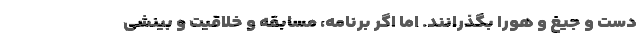
دست و جیغ و هورا بگذرانند. اما اگر برنامه، مسابقه و خلاقیت و بینشی